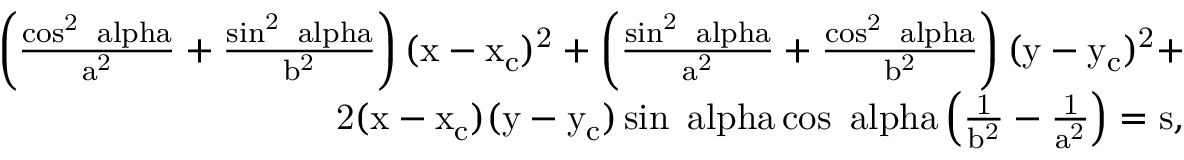
\begin{array} { r } { \mathrm { \left( \frac { \cos ^ { 2 } { \ a l p h a } } { a ^ { 2 } } + \frac { \sin ^ { 2 } { \ a l p h a } } { b ^ { 2 } } \right) ( x - x _ { c } ) ^ { 2 } + \left( \frac { \sin ^ { 2 } { \ a l p h a } } { a ^ { 2 } } + \frac { \cos ^ { 2 } { \ a l p h a } } { b ^ { 2 } } \right) ( y - y _ { c } ) ^ { 2 } + } } \\ { \mathrm { 2 ( x - x _ { c } ) ( y - y _ { c } ) \sin { \ a l p h a } \cos { \ a l p h a } \left( \frac { 1 } { b ^ { 2 } } - \frac { 1 } { a ^ { 2 } } \right) = \mathrm { s } } , } \end{array}